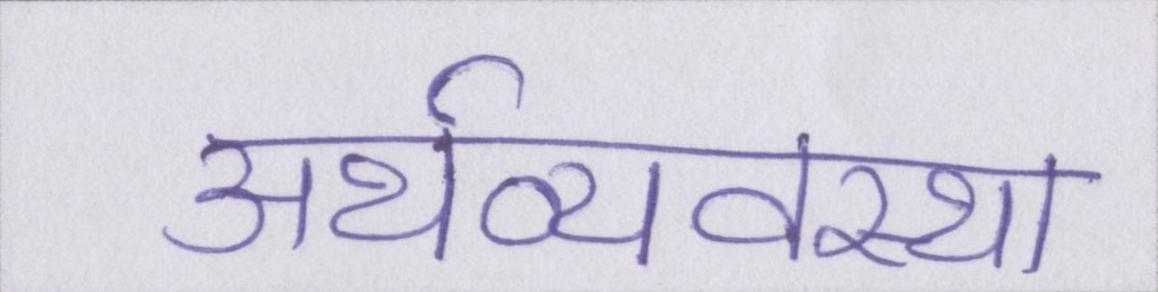
अर्थव्यवस्था